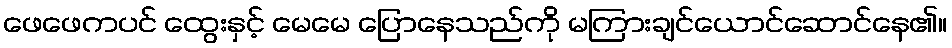
ဖေဖေကပင် ထွေးနှင့် မေမေ ပြောနေသည်ကို မကြားချင်ယောင်ဆောင်နေ၏။